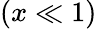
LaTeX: (x\ll 1)